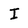
Character: I